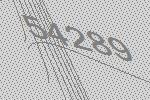
54289